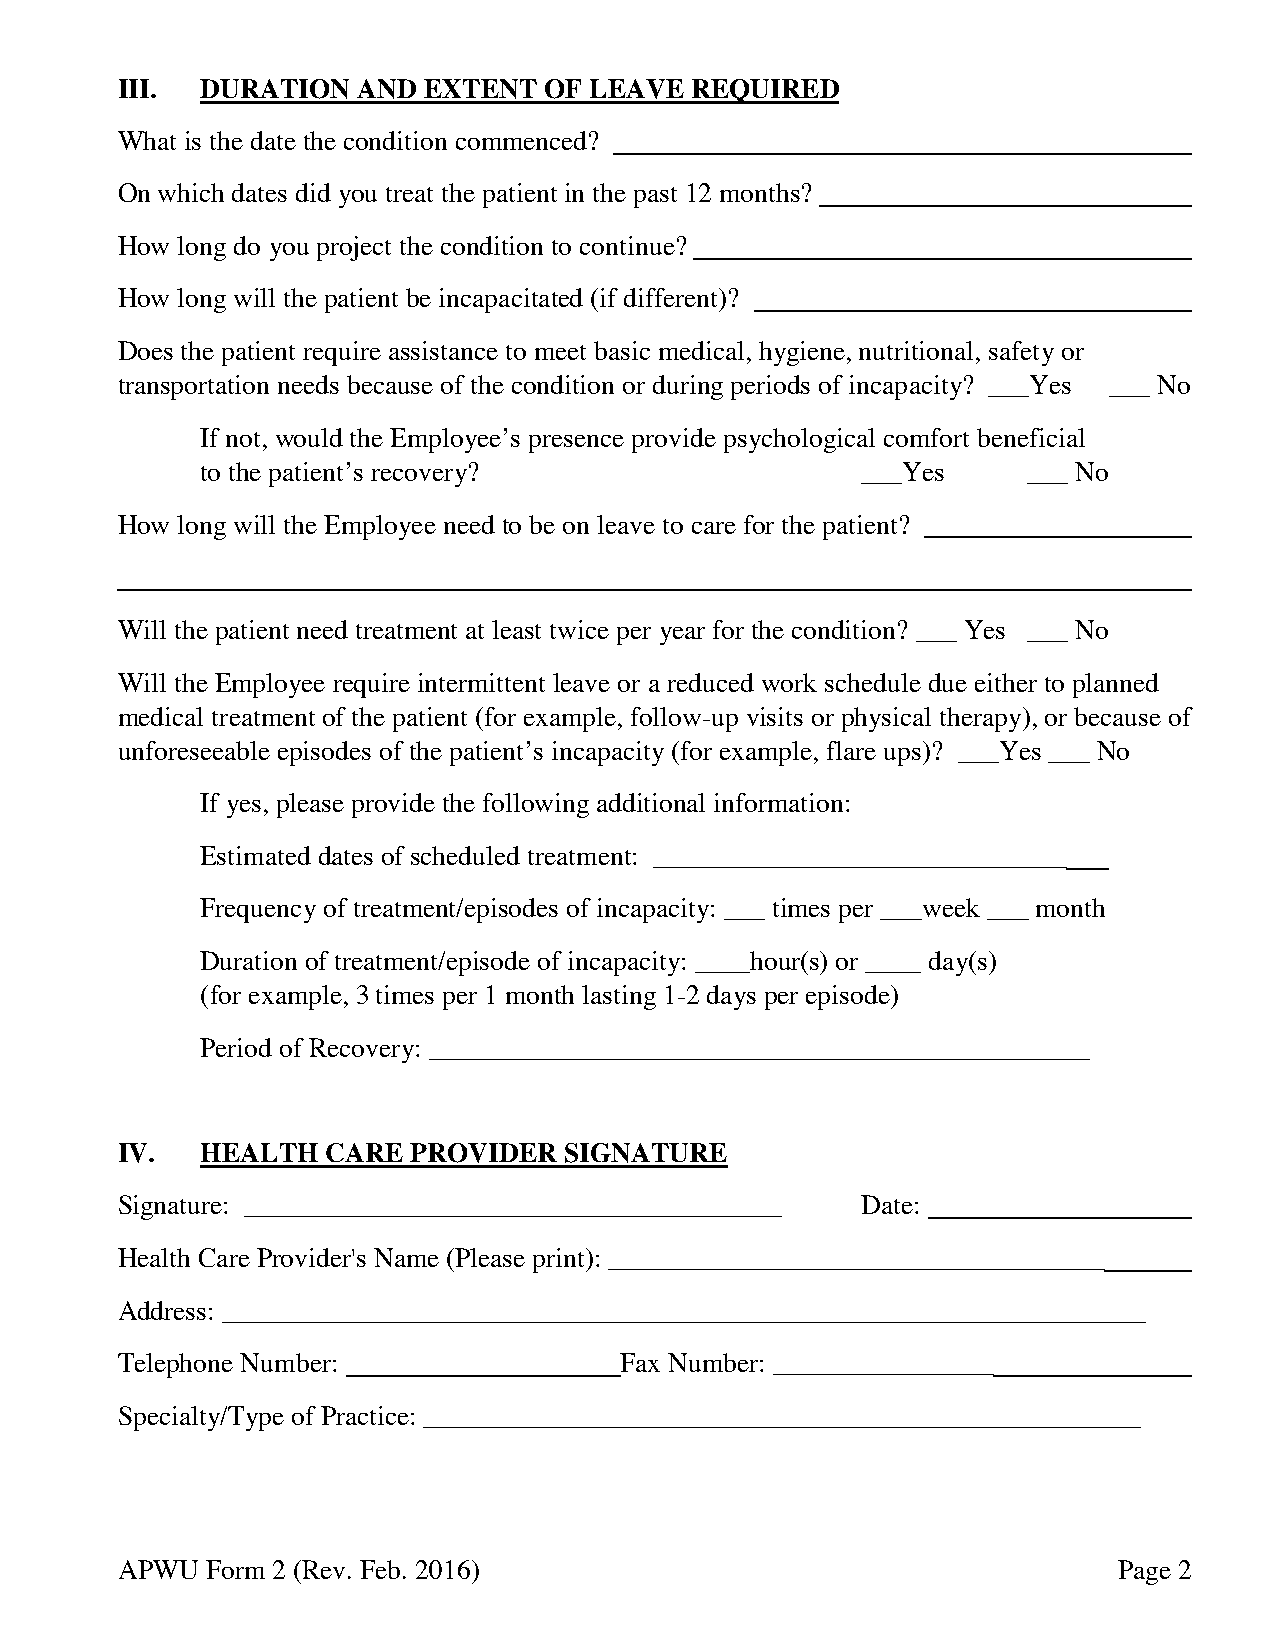
III. DURATION   AND EXTENT  OF LEAVE  REQUIRED
 What is the date the condition commenced?
 On which dates did you treat the patient in the past 12 months?
 How long do you project the condition to continue?
 How long will the patient be incapacitated (if different)?
 Does the patient require assistance to meet basic medical, hygiene, nutritional, safety or
 transportation needs because of the condition or during periods of incapacity? ___Yes ___ No
 If not, would the Employeeʼs presence provide psychological comfort beneficial
 to the patientʼs recovery?                  ___Yes     ___ No
 How long will the Employee need to be on leave to care for the patient?
 Will the patient need treatment at least twice per year for the condition? ___ Yes ___ No
 Will the Employee require intermittent leave or a reduced work schedule due either to planned
 medical treatment of the patient (for example, follow-up visits or physical therapy), or because of
 unforeseeable episodes of the patientʼs incapacity (for example, flare ups)? ___Yes ___ No
 If yes, please provide the following additional information:
 Estimated dates of scheduled treatment: ______________________________
 Frequency of treatment/episodes of incapacity: ___ times per ___week ___ month
 Duration of treatment/episode of incapacity: ____hour(s) or ____ day(s)
 (for example, 3 times per 1 month lasting 1-2 days per episode)
 Period of Recovery: ________________________________________________
 IV.  HEALTH   CARE PROVIDER  SIGNATURE
 Signature: _______________________________________ Date:
 Health Care Provider's Name (Please print): ____________________________________
 Address: ___________________________________________________________________
 Telephone Number:                Fax Number: ________________
 Specialty/Type of Practice: ____________________________________________________
 APWU  Form 2 (Rev. Feb. 2016)                                     Page 2